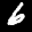
Label: 6